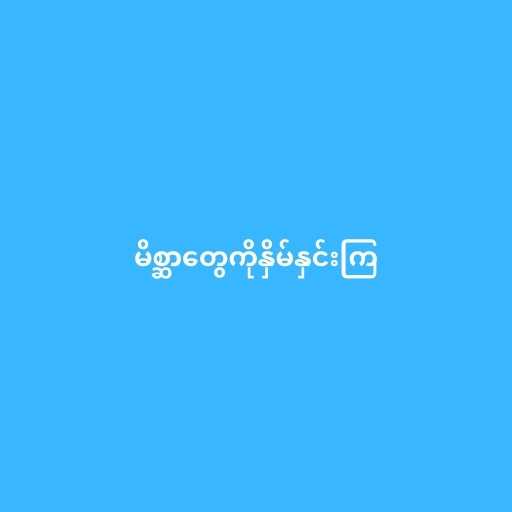
မိစ္ဆာတွေကိုနှိမ်နှင်းကြ